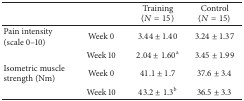
<table><thead><tr><td><b> </b></td><td><b> </b></td><td><b>Training (<i>N</i> = 15)</b></td><td><b>Control (<i>N</i> = 15)</b></td></tr></thead><tbody><tr><td>Pain intensity (scale 0–10)</td><td>Week 0</td><td>3.44 ± 1.40</td><td>3.24 ± 1.37</td></tr><tr><td> </td><td>Week 10</td><td>2.04 ± 1.60<sup>a</sup></td><td>3.45 ± 1.99</td></tr><tr><td>Isometric muscle strength (Nm)</td><td>Week 0</td><td>41.1 ± 1.7</td><td>37.6 ± 3.4</td></tr><tr><td> </td><td>Week 10</td><td>43.2 ± 1.3<sup>b</sup></td><td>36.5 ± 3.3</td></tr></tbody></table>